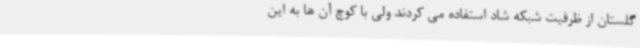
گلستان از ظرفیت شبکه شاد استفاده می کردند ولی با کوچ آن ها به این